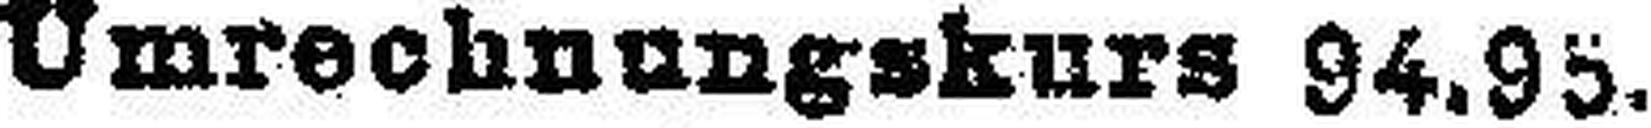
Umrechnungskurs 94.95.